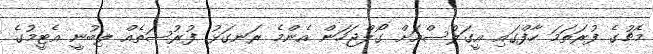
މެޗުގެ ފުރަތަމަ ހާފްގައި އީގަލްސްއަށް ގޯލްޖަހަން އެންމެ ރަނގަޅު ފުރުސަތެއް ލިބުނީ އެޓީމުގެ